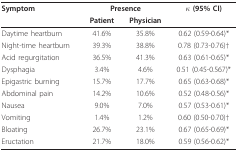
<table><thead><tr><td><b>Symptom</b></td><td colspan="2"><b>Presence</b></td><td><b>κ (95% CI)</b></td></tr><tr><td>[EMPTY_CELL]</td><td><b>Patient</b></td><td><b>Physician</b></td><td>[EMPTY_CELL]</td></tr></thead><tbody><tr><td>Daytime heartburn</td><td>41.6%</td><td>35.8%</td><td>0.62 (0.59-0.64)*</td></tr><tr><td>Night-time heartburn</td><td>39.3%</td><td>38.8%</td><td>0.78 (0.73-0.76)†</td></tr><tr><td>Acid regurgitation</td><td>36.5%</td><td>41.3%</td><td>0.63 (0.61-0.65)*</td></tr><tr><td>Dysphagia</td><td>3.4%</td><td>4.6%</td><td>0.51 (0.45-0.567)*</td></tr><tr><td>Epigastric burning</td><td>15.7%</td><td>17.7%</td><td>0.65 (0.63-0.68)*</td></tr><tr><td>Abdominal pain</td><td>14.2%</td><td>10.6%</td><td>0.52 (0.48-0.56)*</td></tr><tr><td>Nausea</td><td>9.0%</td><td>7.0%</td><td>0.57 (0.53-0.61)*</td></tr><tr><td>Vomiting</td><td>1.4%</td><td>1.2%</td><td>0.60 (0.50-0.70)†</td></tr><tr><td>Bloating</td><td>26.7%</td><td>23.1%</td><td>0.67 (0.65-0.69)*</td></tr><tr><td>Eructation</td><td>21.7%</td><td>18.0%</td><td>0.59 (0.56-0.62)*</td></tr></tbody></table>